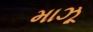
માઝૂ